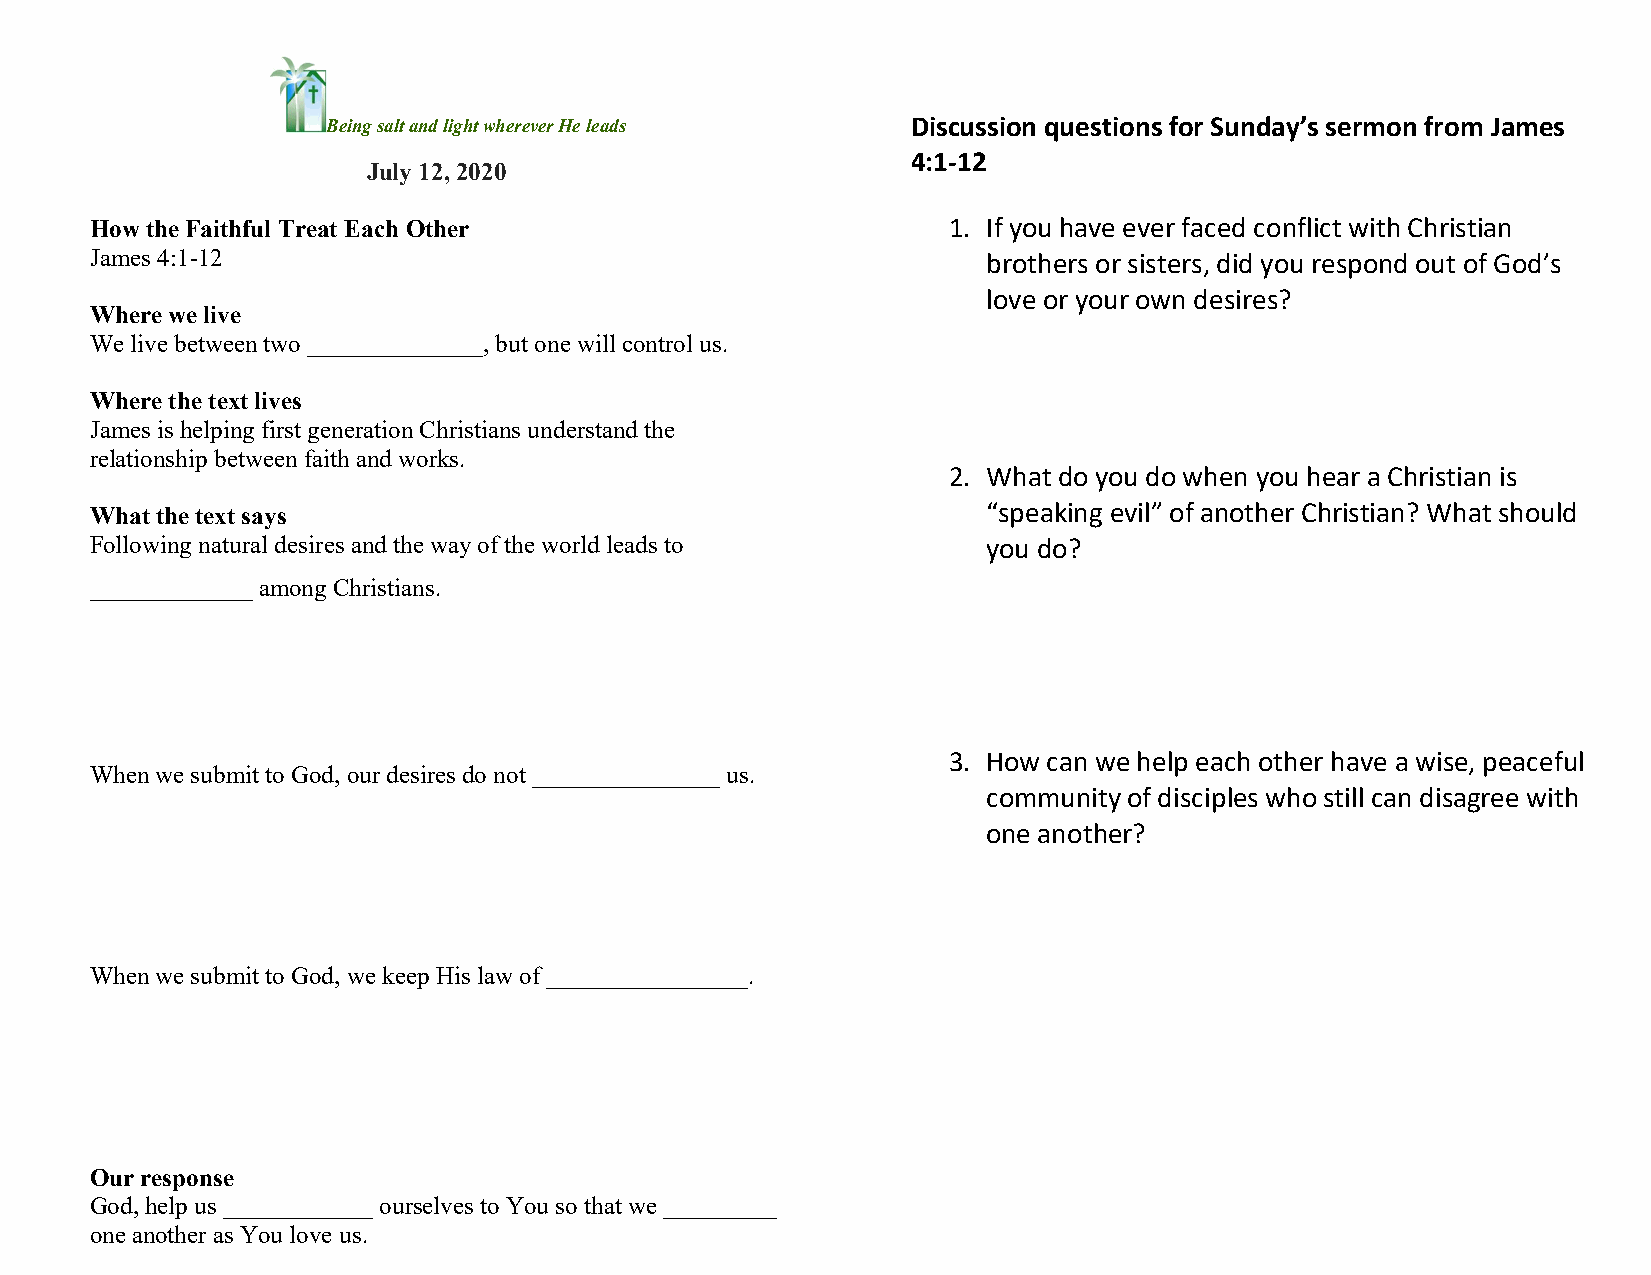
Being salt and light wherever He leads Discussion questions for Sunday’s sermon from James
 4:1-12
 July 12, 2020
 How the Faithful Treat Each Other                        1. If you have ever faced conflict with Christian
 James 4:1-12                                               brothers or sisters, did you respond out of God’s
 love or your own desires?
 Where we live
 We live between two ______________, but one will control us.
 Where the text lives
 James is helping first generation Christians understand the
 relationship between faith and works.
 2. What do you do when you hear a Christian is
 What the text says                                         “speaking evil” of another Christian? What should
 Following natural desires and the way of the world leads to you do?
 _____________ among Christians.
 3. How can we help each other have a wise, peaceful
 When we submit to God, our desires do not _______________ us.
 community of disciples who still can disagree with
 one another?
 When we submit to God, we keep His law of ________________.
 Our response
 God, help us ____________ ourselves to You so that we _________
 one another as You love us.